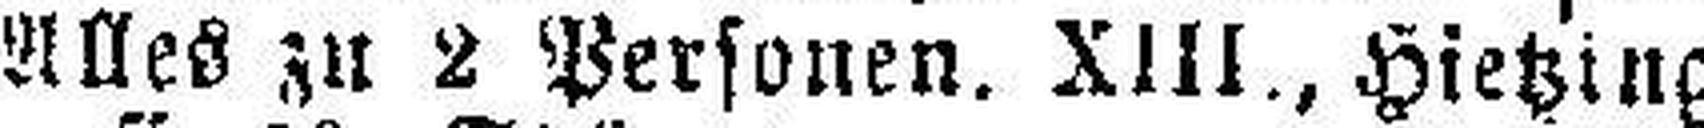
Alles zu 2 Personen. XIII., Hietzing,